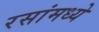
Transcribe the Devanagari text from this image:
रसांमध्ये